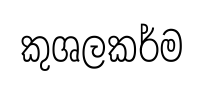
කුශලකර්ම